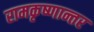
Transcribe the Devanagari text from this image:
रामकृष्णान्तर